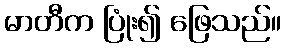
မာတီက ပြုံး၍ ဖြေသည်။